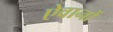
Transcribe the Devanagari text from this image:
ऐवानों